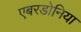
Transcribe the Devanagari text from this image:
एबरडोनिया